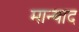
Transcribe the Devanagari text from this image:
मान्याद